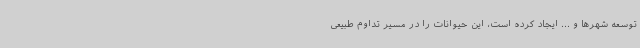
توسعه شهرها و ... ایجاد کرده است، این حیوانات را در مسیر تداوم طبیعی